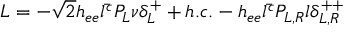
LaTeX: { \cal { L } } = - \sqrt { 2 } h _ { e e } \bar { l ^ { c } } P _ { L } \nu \delta _ { L } ^ { + } + h . c . - h _ { e e } \bar { l ^ { c } } P _ { L , R } l \delta _ { L , R } ^ { + + }